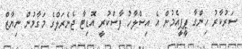
ސަރުކާރު ހިންގާ ޕީޕީއެމުން އެ އިސްލާހު ފާސްކުރީ އޮޑިޓާ ޖެނެރަލްގެ މަގާމުން ނިޔާޒް